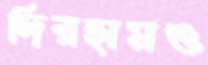
দিরহামও